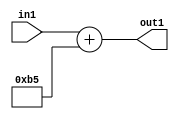
`timescale 1ps / 1ps
/*****************************************************************************
    Verilog RTL Description
    
    
    Created by: Stratus DpOpt 2019.1.01 
*******************************************************************************/

module DC_Filter_Add_12U_3_4 (
	in1,
	out1
	); /* architecture "behavioural" */ 
input [11:0] in1;
output [11:0] out1;
wire [11:0] asc001;

assign asc001 = 
	+(in1)
	+(12'B000010110101);

assign out1 = asc001;
endmodule

/* CADENCE  ubDzTAg= : u9/ySgnWtBlWxVPRXgAZ4Og= ** DO NOT EDIT THIS LINE ******/